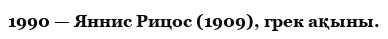
1990 — Яннис Рицос (1909), грек ақыны.